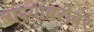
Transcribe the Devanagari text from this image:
राण्यांबरोबर